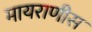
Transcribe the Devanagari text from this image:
मायराणीस